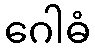
ဂေါဓံ